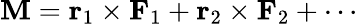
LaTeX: \mathbf{M}=\mathbf{{r}}_{1}\times\mathbf{{F}}_{1}+\mathbf{{r}}_{2}\times\mathbf{{F}}_{2}+\cdots